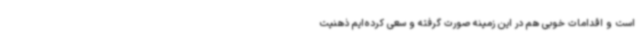
است و اقدامات خوبی هم در این زمینه صورت گرفته و سعی کرده‌ایم ذهنیت